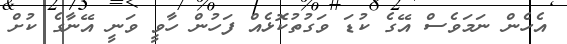
އެހެން ނަމަވެސް އޭގެ ކުޑަ ވަގުތުކޮޅެއް ފަހުން ހާވީ ވަނީ އޭނާގެ ކުށް